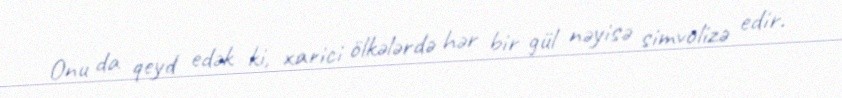
Onu da qeyd edək ki, xarici ölkələrdə hər bir gül nəyisə simvolizə edir.